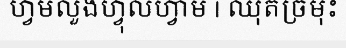
ហ្វមលួងហ្វុលហ្វាម | ឈុតច្រមុះ